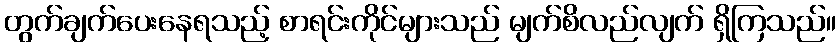
တွက်ချက်ပေးနေရသည့် စာရင်းကိုင်များသည် မျက်စိလည်လျက် ရှိကြသည်။